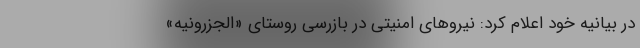
در بیانیه خود اعلام کرد: نیروهای امنیتی در بازرسی روستای «الجزرونیه»